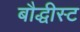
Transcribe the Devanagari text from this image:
बौद्धीस्ट